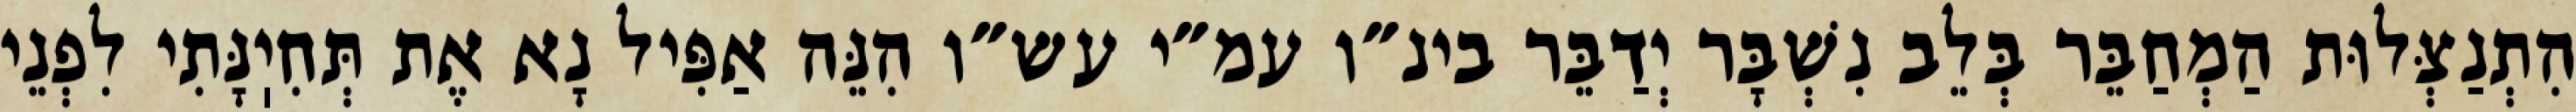
הִתְנַצְּלוּת הַמְחַבֵּר בְּלֵב נִשְׁבָּר יְדַבֵּר בינ״ו עמ״י עש״ו הִנֵּה אַפִּיל נָא אֶת תְּחִיֽנָּתִי לִפְנֵי